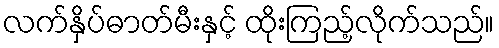
လက်နှိပ်ဓာတ်မီးနှင့် ထိုးကြည့်လိုက်သည်။